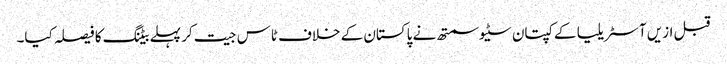
قبل ازیں آسٹریلیا کے کپتان سٹیو سمتھ نے پاکستان کے خلاف ٹاس جیت کر پہلے بیٹنگ کا فیصلہ کیا۔